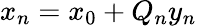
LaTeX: x_{n}=x_{0}+Q_{n}y_{n}